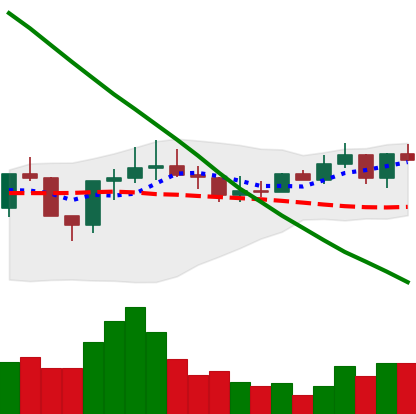
Ticker: ADA-USD
Chart end date: 2022-08-11
Forward return: 5.018%
Label: up_5_7